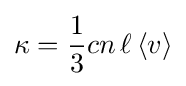
\kappa ={\frac {1}{3}}cn\,\ell \,\langle v\rangle